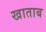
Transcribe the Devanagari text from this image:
खाताब